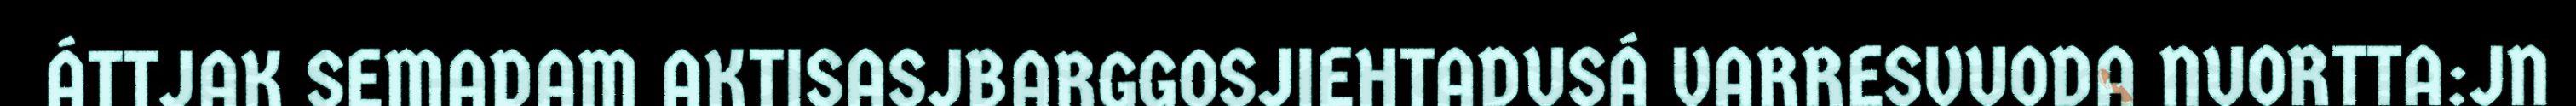
ÁTTJAK SEMADAM AKTISASJBARGGOSJIEHTADUSÁ VARRESVUODA NUORTTA:JN